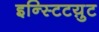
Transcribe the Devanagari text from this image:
इन्स्टिटय़ुट